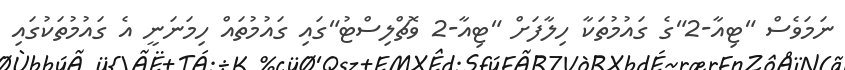
ނަމަވެސް "ޓިއާ-2"ގެ ގައުމުތަކާ ހިލާފަށް "ޓިއާ-2 ވޮޗްލިސްޓު"ގައި ގައުމުތައް ހިމަނަނީ އެ ގައުމުތަކުގައި